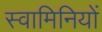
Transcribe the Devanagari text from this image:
स्वामिनियों